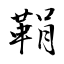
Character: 鞙